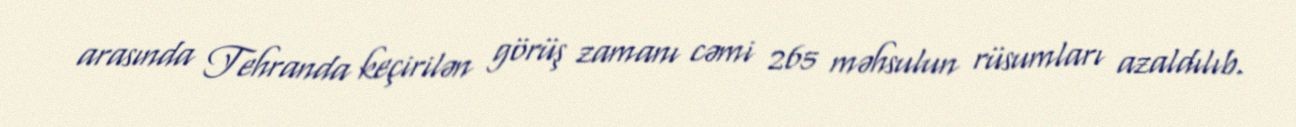
arasında Tehranda keçirilən görüş zamanı cəmi 265 məhsulun rüsumları azaldılıb.